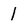
Character: 1